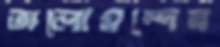
ভালোমন্দের